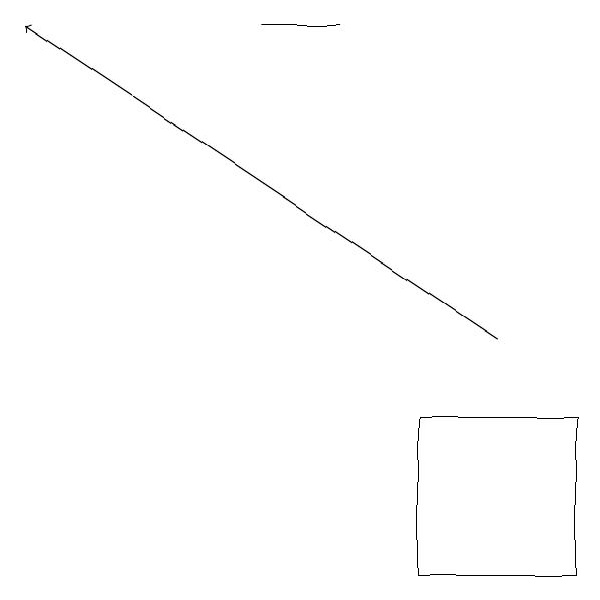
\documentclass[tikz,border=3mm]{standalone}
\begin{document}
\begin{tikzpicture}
\draw (7,10) rectangle (9,12);
\draw[->] (8,13) -- (2,17);
\draw (6,17) rectangle (5,17);
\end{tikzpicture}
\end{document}